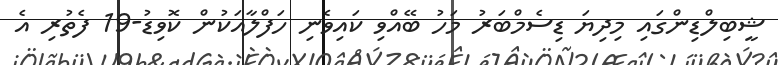
ޝީބިލްޑިންގައި މިދިޔަ ޑިސެމްބަރު މަހު ބޭއްވި ކައިވެނި ހަފްލާއަކުން ކޮވިޑު-19 ފެތުރި އެ